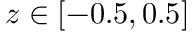
z \in [ - 0 . 5 , 0 . 5 ]